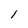
Character: l